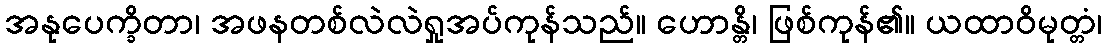
အနုပေက္ခိတာ၊ အဖနတစ်လဲလဲရှုအပ်ကုန်သည်။ ဟောန္တိ၊ ဖြစ်ကုန်၏။ ယထာဝိမုတ္တံ၊